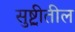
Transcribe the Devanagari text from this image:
सुष्ट्रीतील